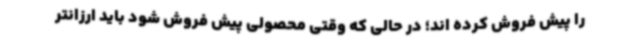
را پیش فروش کرده اند؛ در حالی که وقتی محصولی پیش فروش شود باید ارزانتر